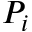
P _ { i }